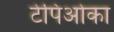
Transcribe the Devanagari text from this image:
टेपिओका